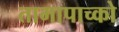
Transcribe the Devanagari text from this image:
तामापाच्को